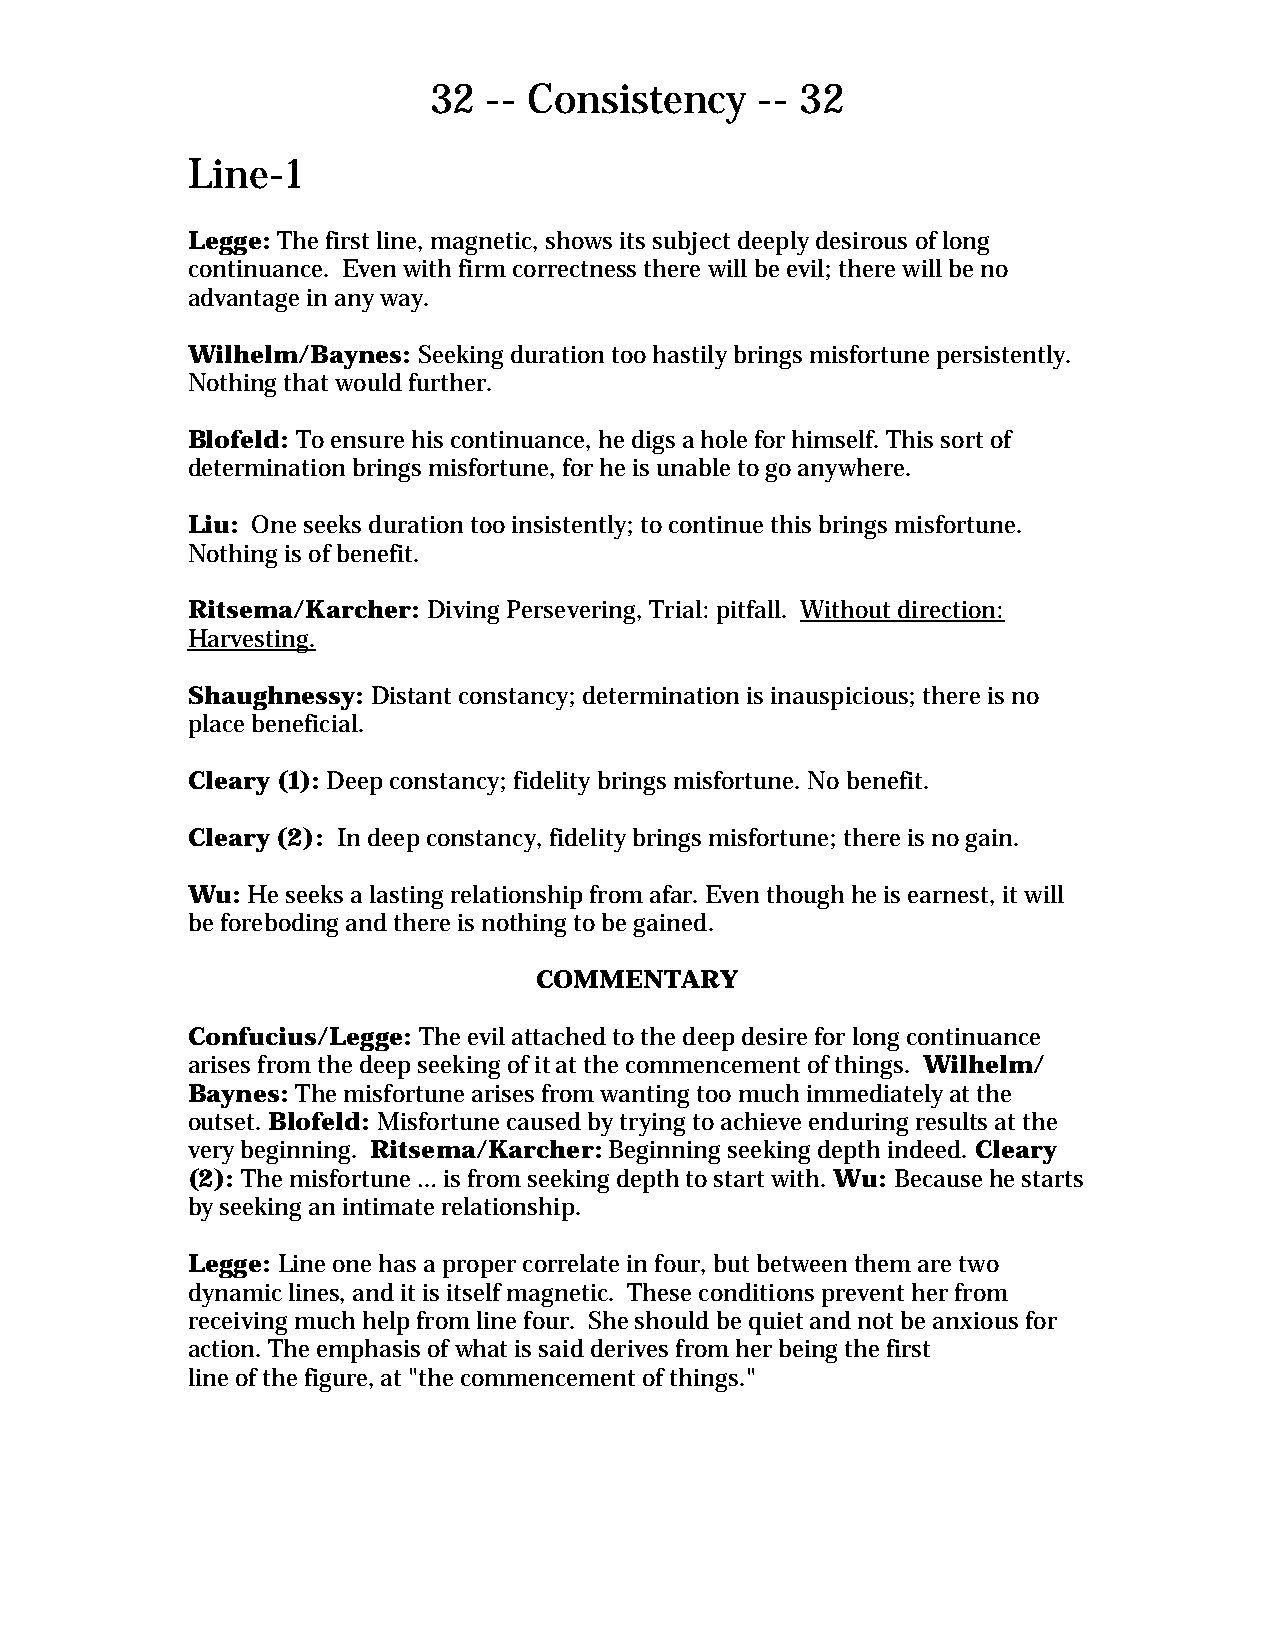
32  -- Consistency    -- 32
 Line-1
 Legge: The first line, magnetic, shows its subject deeply desirous of long
 continuance. Even with firm correctness there will be evil; there will be no
 advantage in any way.
 Wilhelm/Baynes: Seeking duration too hastily brings misfortune persistently.
 Nothing that would further.
 Blofeld: To ensure his continuance, he digs a hole for himself. This sort of
 determination brings misfortune, for he is unable to go anywhere.
 Liu: One seeks duration too insistently; to continue this brings misfortune.
 Nothing is of benefit.
 Ritsema/Karcher: Diving Persevering, Trial: pitfall. Without direction:
 Harvesting.
 Shaughnessy: Distant constancy; determination is inauspicious; there is no
 place beneficial.
 Cleary (1): Deep constancy; fidelity brings misfortune. No benefit.
 Cleary (2): In deep constancy, fidelity brings misfortune; there is no gain.
 Wu: He seeks a lasting relationship from afar. Even though he is earnest, it will
 be foreboding and there is nothing to be gained.
 COMMENTARY
 Confucius/Legge: The evil attached to the deep desire for long continuance
 arises from the deep seeking of it at the commencement of things. Wilhelm/
 Baynes: The misfortune arises from wanting too much immediately at the
 outset. Blofeld: Misfortune caused by trying to achieve enduring results at the
 very beginning. Ritsema/Karcher: Beginning seeking depth indeed. Cleary
 (2): The misfortune … is from seeking depth to start with. Wu: Because he starts
 by seeking an intimate relationship.
 Legge: Line one has a proper correlate in four, but between them are two
 dynamic lines, and it is itself magnetic. These conditions prevent her from
 receiving much help from line four. She should be quiet and not be anxious for
 action. The emphasis of what is said derives from her being the first
 line of the figure, at "the commencement of things."